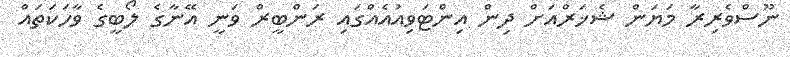
ނޫސްވެރިރާ މަޔަން ޝެޚަރްއަށް ދިން އިންޓަވިއުއެއްގައި ރަންބީރް ވަނީ އޭނާގެ ލޯބީގެ ވާހަކަތައް